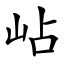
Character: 岾